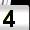
Digit: 4